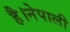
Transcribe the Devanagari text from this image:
है।नेपाली